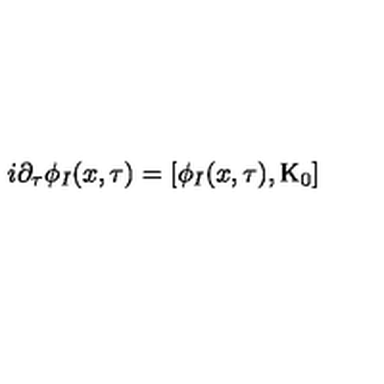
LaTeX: i \partial _ { \tau } \phi _ { I } ( x , \tau ) = [ \phi _ { I } ( x , \tau ) , \mathrm { K } _ { 0 } ]